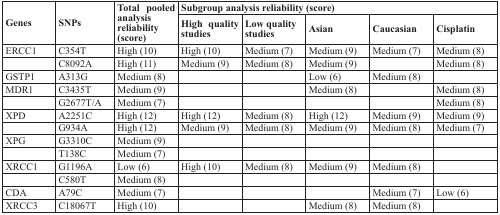
<table><thead><tr><td rowspan="2"><b>Genes</b></td><td rowspan="2"><b>SNPs</b></td><td rowspan="2"><b>Total pooled analysis reliability (score)</b></td><td colspan="5"><b>Subgroup analysis reliability (score)</b></td></tr><tr><td><b>High quality studies</b></td><td><b>Low quality studies</b></td><td><b>Asian</b></td><td><b>Caucasian</b></td><td><b>Cisplatin</b></td></tr></thead><tbody><tr><td>ERCC1</td><td>C354T</td><td>High (10)</td><td>High (10)</td><td>Medium (7)</td><td>Medium (9)</td><td>Medium (7)</td><td>Medium (8)</td></tr><tr><td></td><td>C8092A</td><td>High (11)</td><td>Medium (9)</td><td>Medium (8)</td><td>Medium (9)</td><td></td><td>Medium (8)</td></tr><tr><td>GSTP1</td><td>A313G</td><td>Medium (8)</td><td></td><td></td><td>Low (6)</td><td>Medium (8)</td><td></td></tr><tr><td>MDR1</td><td>C3435T</td><td>Medium (9)</td><td></td><td></td><td>Medium (8)</td><td></td><td>Medium (8)</td></tr><tr><td></td><td>G2677T/A</td><td>Medium (7)</td><td></td><td></td><td></td><td></td><td>Medium (8)</td></tr><tr><td>XPD</td><td>A2251C</td><td>High (12)</td><td>High (12)</td><td>Medium (8)</td><td>High (12)</td><td>Medium (9)</td><td>Medium (9)</td></tr><tr><td></td><td>G934A</td><td>High (12)</td><td>Medium (9)</td><td>Medium (8)</td><td>Medium (9)</td><td>Medium (8)</td><td>Medium (7)</td></tr><tr><td>XPG</td><td>G3310C</td><td>Medium (9)</td><td></td><td></td><td></td><td></td><td></td></tr><tr><td></td><td>T138C</td><td>Medium (7)</td><td></td><td></td><td></td><td></td><td></td></tr><tr><td>XRCC1</td><td>G1196A</td><td>Low (6)</td><td>High (10)</td><td>Medium (8)</td><td>Medium (9)</td><td>Medium (8)</td><td></td></tr><tr><td></td><td>C580T</td><td>Medium (8)</td><td></td><td></td><td></td><td></td><td></td></tr><tr><td>CDA</td><td>A79C</td><td>Medium (7)</td><td></td><td></td><td></td><td>Medium (7)</td><td>Low (6)</td></tr><tr><td>XRCC3</td><td>C18067T</td><td>High (10)</td><td></td><td></td><td>Medium (8)</td><td>Medium (8)</td><td></td></tr></tbody></table>